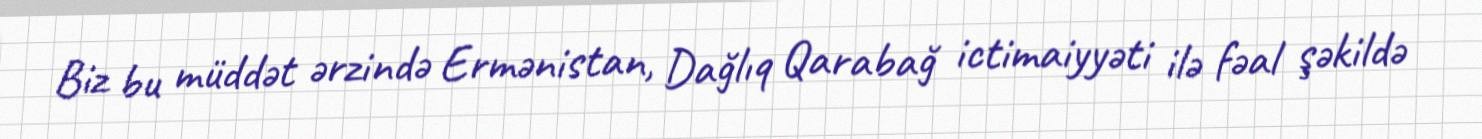
Biz bu müddət ərzində Ermənistan, Dağlıq Qarabağ ictimaiyyəti ilə fəal şəkildə